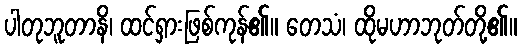
ပါတုဘူတာနိ၊ ထင်ရှားဖြစ်ကုန်၏။ တေသံ၊ ထိုမဟာဘုတ်တို့၏။